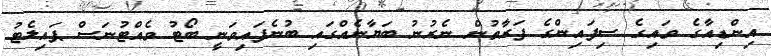
އިންޑިއާގެ ވައިގެ ސިފައިންގެ ފަރާތުން ނެރުނު ބަޔާނެއްގައި ބުނެފައިވަނީ ބޯޓު ވެއްޓުނަސް ޕައިލެޓު